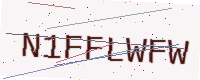
Text: N1FFLWFW